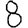
Digit: 8